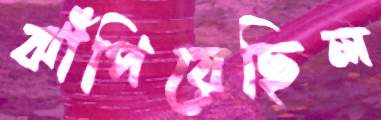
ঝাঁপিয়েছিল